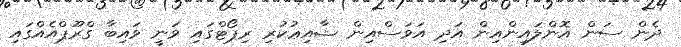
ދެން ސަން އޮންލައިންއިން އަދި އަވަސްއިން ޝާއިޢުކުރި ރިޕޯޓްގައި ވަނީ ވައިބާ ގްރޫޕްއެއްގައި